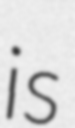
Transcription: is